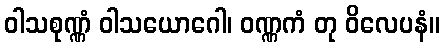
ဝါသစုဏ္ဏံ ဝါသယောဂေါ၊ ဝဏ္ဏကံ တု ဝိလေပနံ။